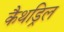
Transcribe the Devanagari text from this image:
कैथड्रिल